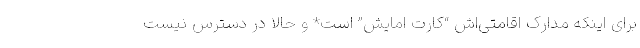
برای اینکه مدارک اقامتی‌اش “کارت امایش” است* و حالا در دسترس نیست